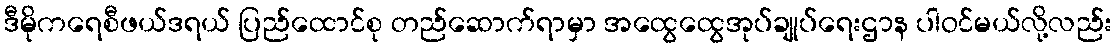
ဒီမိုကရေစီဖယ်ဒရယ် ပြည်ထောင်စု တည်ဆောက်ရာမှာ အထွေထွေအုပ်ချုပ်ရေးဌာန ပါဝင်မယ်လို့လည်း